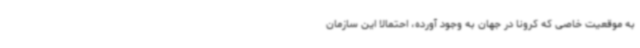
به موقعیت خاصی که کرونا در جهان به وجود آورده، احتمالا این سازمان